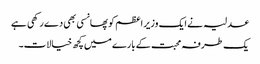
عدلیہ نے ایک وزیر اعظم کو پھانسی بھی دے رکھی ہے
یک طرفہ محبت کے بارے میں کچھ خیالات۔